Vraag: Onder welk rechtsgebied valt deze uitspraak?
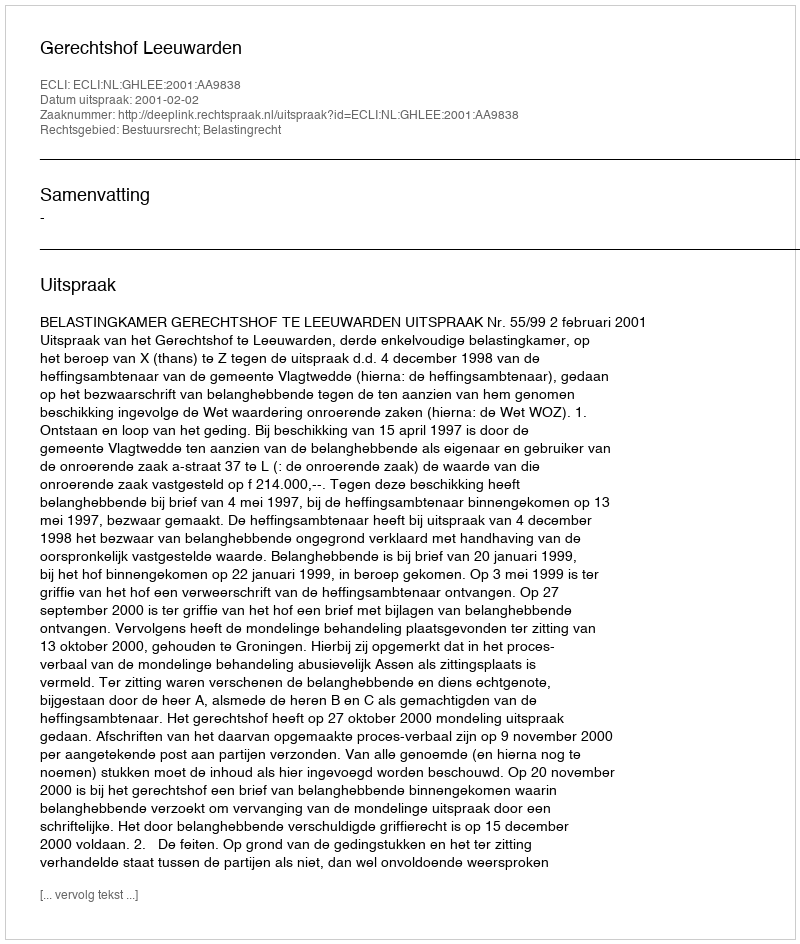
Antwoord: Bestuursrecht; Belastingrecht